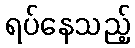
ရပ်နေသည့်